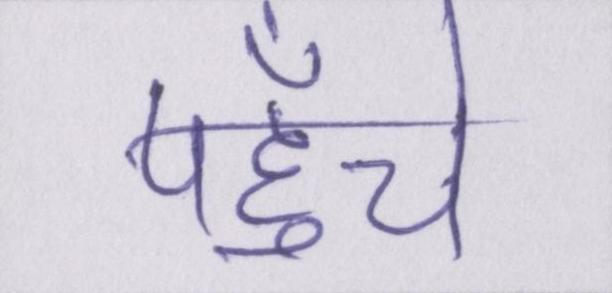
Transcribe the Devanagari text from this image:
पहुँचे